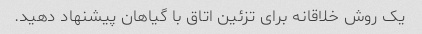
یک روش خلاقانه برای تزئین اتاق با گیاهان پیشنهاد دهید.